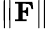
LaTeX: \| \mathbf F\|